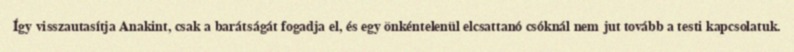
Így visszautasítja Anakint, csak a barátságát fogadja el, és egy önkéntelenül elcsattanó csóknál nem jut tovább a testi kapcsolatuk.